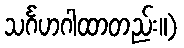
သင်္ဂဟဂါထာတည်း။)